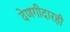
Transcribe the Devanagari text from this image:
देणगीदारही